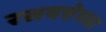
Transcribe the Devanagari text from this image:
रसवत्तेच्या